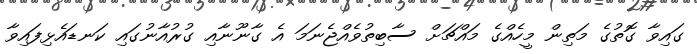
ގައިވާ ގޮތުގެ މަތިން މީހެއްގެ މައްޗަށް ސާބިތުވެއްޖެނަމަ އެ ގާނޫނާއި ގުރުއާނުގައި ކަނޑައެޅިފައިވާ